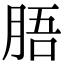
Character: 䏸